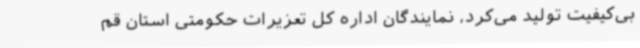
بی‌کیفیت تولید می‌کرد، نمایندگان اداره کل تعزیرات حکومتی استان قم